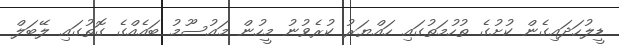
ޑީލުހަދައިގެން ކުށުގެ ތުހުމަތުގައި ހައްޔަރު ކުރެވުނު މީހުން މައުސޫމު ބައެއްގެ ގޮތުގައި ލޭބަލް